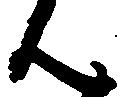
ん